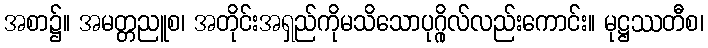
အစာ၌။ အမတ္တညူစ၊ အတိုင်းအရှည်ကိုမသိသောပုဂ္ဂိုလ်လည်းကောင်း။ မုဋ္ဌဿတီစ၊